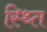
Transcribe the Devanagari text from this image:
स्थ्‍ति